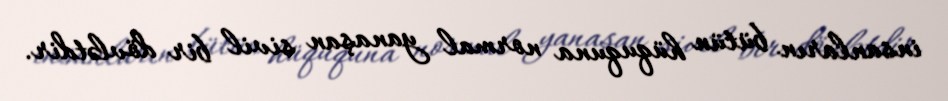
insanların bütün hüququna normal yanaşan sivil bir dövlətdir.